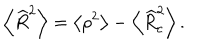
LaTeX: \left\langle \widehat { R } ^ { 2 } \right\rangle = \left\langle \rho ^ { 2 } \right\rangle - \left\langle \widehat { R } _ { c } ^ { 2 } \right\rangle .